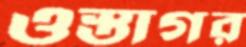
ওস্তাগর